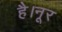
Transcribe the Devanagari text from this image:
है।नूर